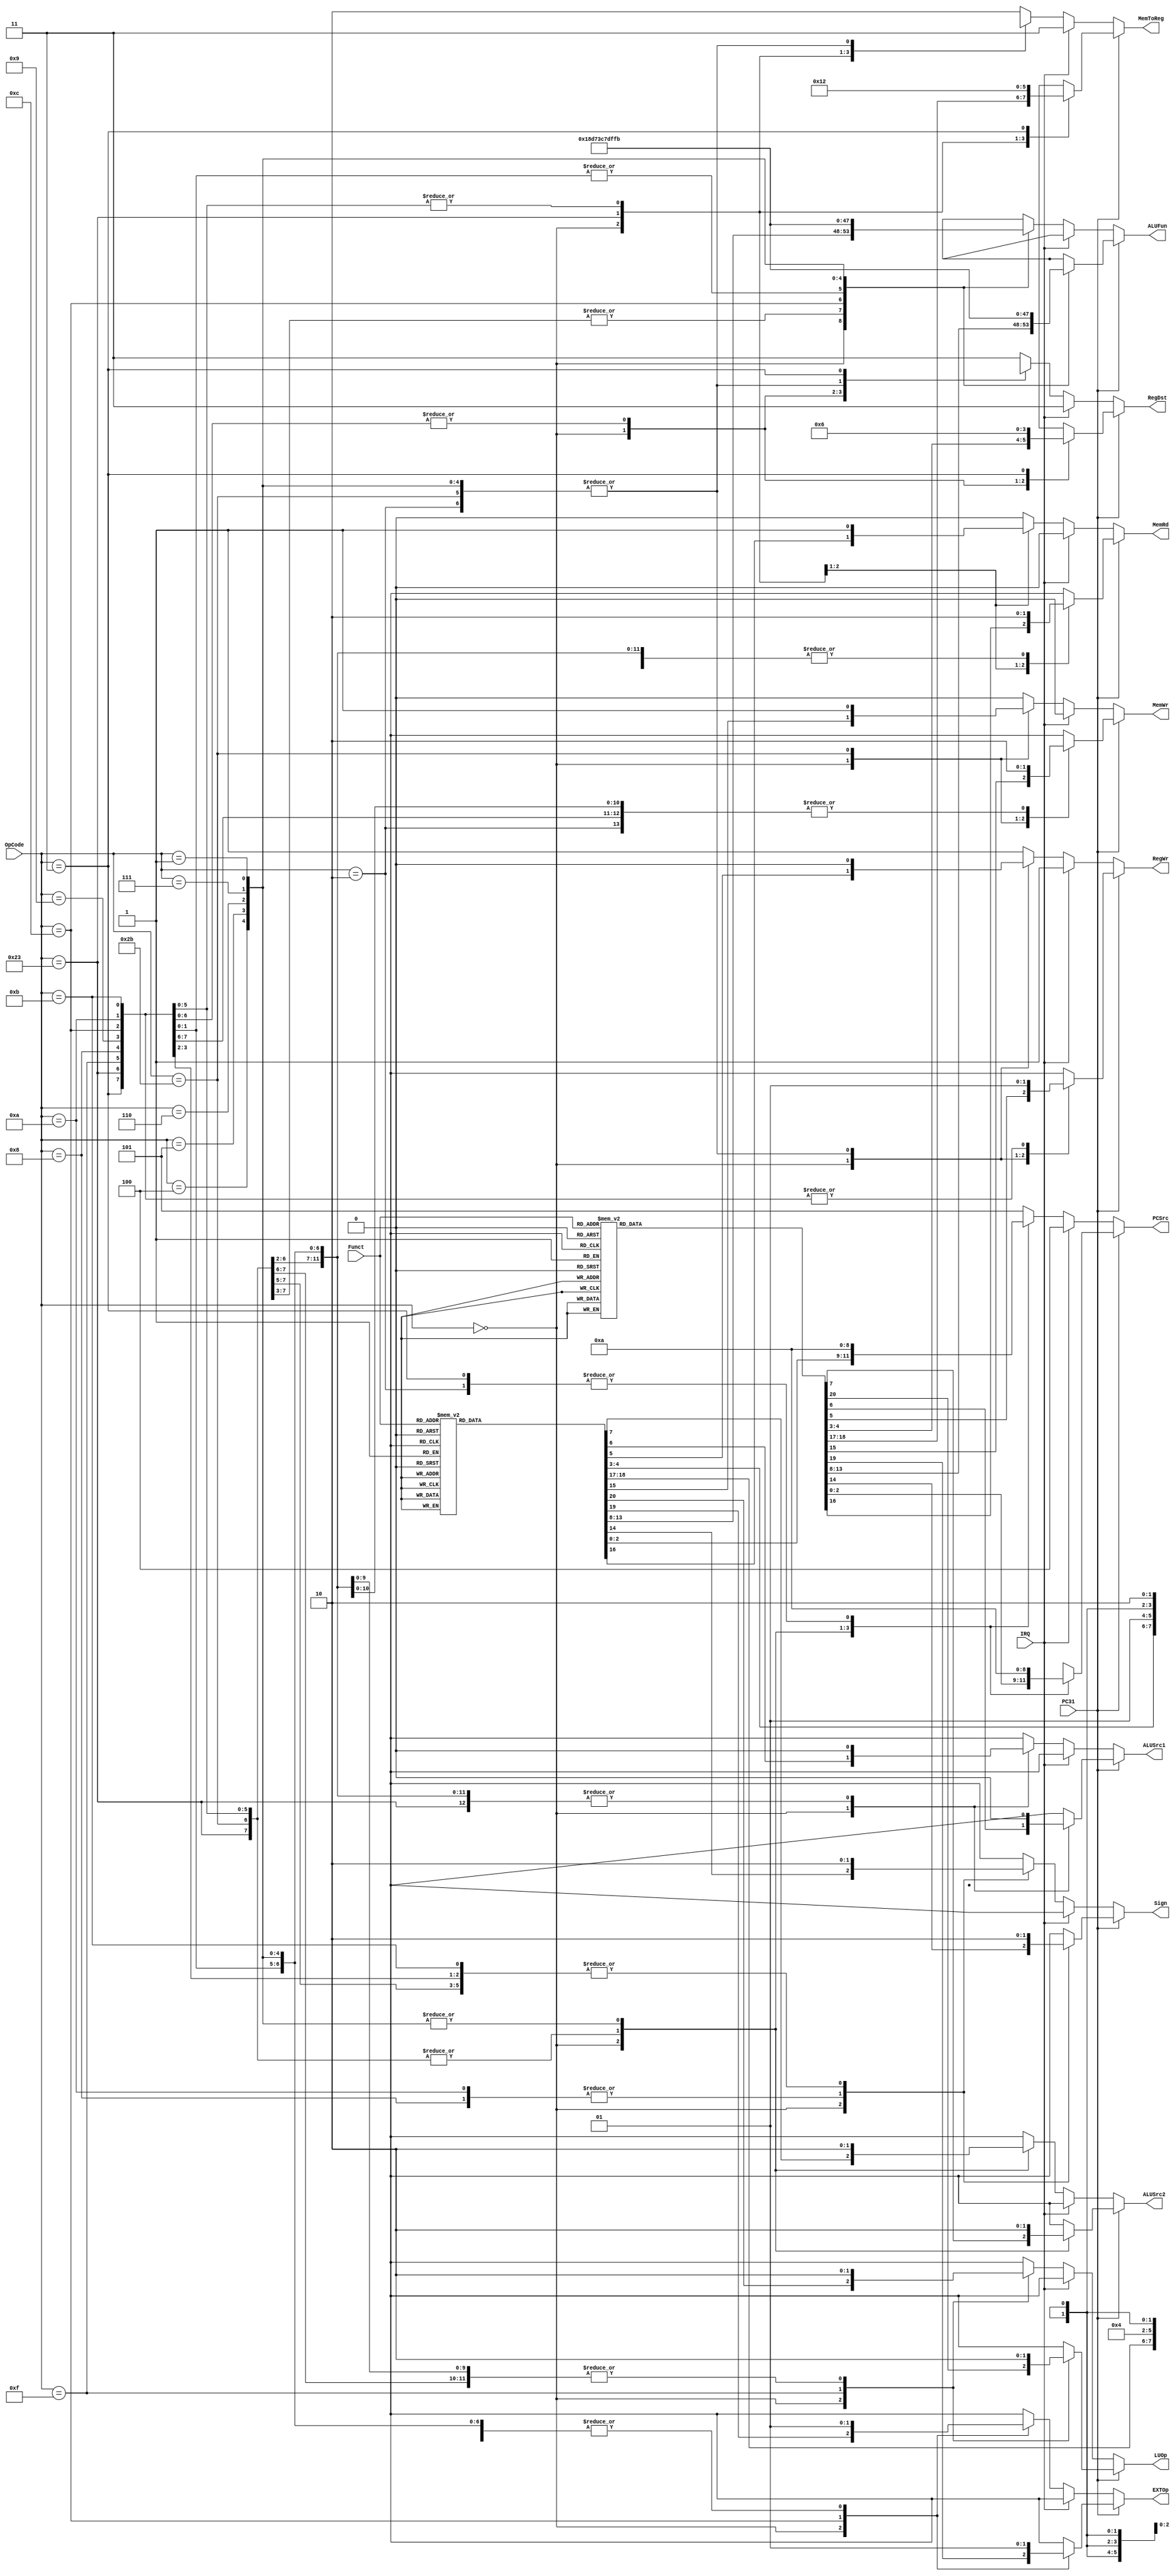
module Control(
input [5:0] OpCode,
input [5:0] Funct, 
input IRQ,
input PC31,
output reg [2:0] PCSrc,
output reg [1:0] RegDst,
output reg RegWr,
output reg ALUSrc1,
output reg ALUSrc2,
output reg [5:0] ALUFun,
output reg Sign,
output reg MemWr,
output reg MemRd,
output reg [1:0] MemToReg,
output reg EXTOp,
output reg LUOp
);

always @(*) begin
  if (~PC31) begin //user state
  if (IRQ) begin //interrupt
    RegWr <= 1;
    MemRd <= 0;
    MemWr <= 0;
    RegDst <= 2'b11;
    MemToReg <= 2'b11;
    PCSrc <= 3'b100;
              ALUSrc1 <= 1'bx;
              ALUSrc2 <= 1'bx;
              ALUFun <= 6'bx;
              Sign <= 1'bx;
              EXTOp <= 1'bx;
              LUOp <= 1'bx;
  end
  else begin
    case (OpCode)
      6'b000000: begin //R-type
        case (Funct)
          6'b100000: begin //add
            PCSrc <= 3'b000; //PC+4
            RegDst <= 2'b00; //rd
            RegWr <= 1;
            ALUSrc1 <= 0; //Reg
            ALUSrc2 <= 0; //Reg
            ALUFun <= 6'b000000;
            Sign <= 1;
            MemWr <= 0;
            MemRd <= 0;
            MemToReg <= 2'b00; //ALU
                          EXTOp <= 1'bx;
              LUOp <= 1'bx;
          end
          6'b100001: begin //addu
            PCSrc <= 3'b000; //PC+4
            RegDst <= 2'b00; //rd
            RegWr <= 1;
            ALUSrc1 <= 0; //Reg
            ALUSrc2 <= 0; //Reg
            ALUFun <= 6'b000000;
            Sign <= 0;
            MemWr <= 0;
            MemRd <= 0;
            MemToReg <= 2'b00; //ALU
                          EXTOp <= 1'bx;
              LUOp <= 1'bx;
          end
          6'b100010: begin //sub
            PCSrc <= 3'b000; //PC+4
            RegDst <= 2'b00; //rd
            RegWr <= 1;
            ALUSrc1 <= 0; //Reg
            ALUSrc2 <= 0; //Reg
            ALUFun <= 6'b000001;
            Sign <= 1;
            MemWr <= 0;
            MemRd <= 0;
            MemToReg <= 2'b00; //ALU
                          EXTOp <= 1'bx;
              LUOp <= 1'bx;
          end
          6'b100011: begin //subu
            PCSrc <= 3'b000; //PC+4
            RegDst <= 2'b00; //rd
            RegWr <= 1;
            ALUSrc1 <= 0; //Reg
            ALUSrc2 <= 0; //Reg
            ALUFun <= 6'b000001;
            Sign <= 0;
            MemWr <= 0;
            MemRd <= 0;
            MemToReg <= 2'b00; //ALU
                          EXTOp <= 1'bx;
              LUOp <= 1'bx;
          end
          6'b100100: begin //and
            PCSrc <= 3'b000; //PC+4
            RegDst <= 2'b00; //rd
            RegWr <= 1;
            ALUSrc1 <= 0; //Reg
            ALUSrc2 <= 0; //Reg
            ALUFun <= 6'b011000;
            Sign <= 0;
            MemWr <= 0;
            MemRd <= 0;
            MemToReg <= 2'b00; //ALU
                          EXTOp <= 1'bx;
              LUOp <= 1'bx;
          end
          6'b100101: begin //or
            PCSrc <= 3'b000; //PC+4
            RegDst <= 2'b00; //rd
            RegWr <= 1;
            ALUSrc1 <= 0; //Reg
            ALUSrc2 <= 0; //Reg
            ALUFun <= 6'b011110;
            Sign <= 0;
            MemWr <= 0;
            MemRd <= 0;
            MemToReg <= 2'b00; //ALU
                          EXTOp <= 1'bx;
              LUOp <= 1'bx;
          end
          6'b100110: begin //xor
            PCSrc <= 3'b000; //PC+4
            RegDst <= 2'b00; //rd
            RegWr <= 1;
            ALUSrc1 <= 0; //Reg
            ALUSrc2 <= 0; //Reg
            ALUFun <= 6'b010110;
            Sign <= 0;
            MemWr <= 0;
            MemRd <= 0;
            MemToReg <= 2'b00; //ALU
                          EXTOp <= 1'bx;
              LUOp <= 1'bx;
          end
          6'b100111: begin //nor
            PCSrc <= 3'b000; //PC+4
            RegDst <= 2'b00; //rd
            RegWr <= 1;
            ALUSrc1 <= 0; //Reg
            ALUSrc2 <= 0; //Reg
            ALUFun <= 6'b010001;
            Sign <= 0;
            MemWr <= 0;
            MemRd <= 0;
            MemToReg <= 2'b00; //ALU
                          EXTOp <= 1'bx;
              LUOp <= 1'bx;
          end
          6'b000000: begin //sll
            PCSrc <= 3'b000; //PC+4
            RegDst <= 2'b00; //rd
            RegWr <= 1;
            ALUSrc1 <= 1; //shamt
            ALUSrc2 <= 0; //Reg
            ALUFun <= 6'b100000;
            MemWr <= 0;
            MemRd <= 0;
            MemToReg <= 2'b00; //ALU
                          EXTOp <= 1'bx;
              LUOp <= 1'bx;
              Sign <= 1'bx;
          end
          6'b000010: begin //srl
            PCSrc <= 3'b000; //PC+4
            RegDst <= 2'b00; //rd
            RegWr <= 1;
            ALUSrc1 <= 1; //shamt
            ALUSrc2 <= 0; //Reg
            ALUFun <= 6'b100001;
            MemWr <= 0;
            MemRd <= 0;
            MemToReg <= 2'b00; //ALU
                          EXTOp <= 1'bx;
              LUOp <= 1'bx;
              Sign <= 1'bx;
          end
          6'b000011: begin //sra
            PCSrc <= 3'b000; //PC+4
            RegDst <= 2'b00; //rd
            RegWr <= 1;
            ALUSrc1 <= 1; //shamt
            ALUSrc2 <= 0; //Reg
            ALUFun <= 6'b100011;
            MemWr <= 0;
            MemRd <= 0;
            MemToReg <= 2'b00; //ALU
                          EXTOp <= 1'bx;
              LUOp <= 1'bx;
              Sign <= 1'bx;
          end
          6'b101010: begin //slt
            PCSrc <= 3'b000; //PC+4
            RegDst <= 2'b00; //rd
            RegWr <= 1;
            ALUSrc1 <= 0; //Reg
            ALUSrc2 <= 0; //Reg
            ALUFun <= 6'b110101;
            Sign <= 1;
            MemWr <= 0;
            MemRd <= 0;
            MemToReg <= 2'b00; //ALU
                          EXTOp <= 1'bx;
              LUOp <= 1'bx;
          end
          6'b001000: begin //jr
            PCSrc <= 3'b011; //reg
            RegWr <= 0;
            MemWr <= 0;
            MemRd <= 0;
              RegDst <= 2'bx;
              ALUSrc1 <= 1'bx;
              ALUSrc2 <= 1'bx;
              ALUFun <= 6'bx;
              Sign <= 1'bx;
              MemToReg <= 2'bx;
              EXTOp <= 1'bx;
              LUOp <= 1'bx;
          end
          6'b001001: begin //jalr
            PCSrc <= 3'b011; //reg
            RegWr <= 1;
            RegDst <= 2'b00; //rd
            MemWr <= 0;
            MemRd <= 0;
            MemToReg <= 2'b10; //PC+4
              ALUSrc1 <= 1'bx;
              ALUSrc2 <= 1'bx;
              ALUFun <= 6'bx;
              Sign <= 1'bx;
              EXTOp <= 1'bx;
              LUOp <= 1'bx;
          end
          default: begin //exception
           RegWr <= 1;
           MemRd <= 0;
           MemWr <= 0;
           RegDst <= 2'b11;
           MemToReg <= 2'b10;
           PCSrc <= 3'b101;
                         ALUSrc1 <= 1'bx;
              ALUSrc2 <= 1'bx;
              ALUFun <= 6'bx;
              Sign <= 1'bx;
              EXTOp <= 1'bx;
              LUOp <= 1'bx;
          end
        endcase
      end
      6'b100011: begin //lw
        PCSrc <= 3'b000; //PC+4
        RegDst <= 2'b01; //rt
        RegWr <= 1;
        ALUSrc1 <= 0; //Reg
        ALUSrc2 <= 1; //imm
        ALUFun <= 6'b000000;
        Sign <= 0;
        MemWr <= 0;
        MemRd <= 1;
        MemToReg <= 2'b01; //mem
        EXTOp <= 1; //signed
        LUOp <= 0;
      end
      6'b101011: begin //sw
        PCSrc <= 3'b000; //PC+4
        RegWr <= 0;
        ALUSrc1 <= 0; //Reg
        ALUSrc2 <= 1; //imm
        ALUFun <= 6'b000000;
        Sign <= 0;
        MemWr <= 1;
        MemRd <= 0;
        EXTOp <= 1; //signed
        LUOp <= 0;
              RegDst <= 2'bx;
              MemToReg <= 2'bx;
      end
      6'b001111: begin //lui
        PCSrc <= 3'b000; //PC+4
        RegDst <= 2'b01; //rt
        RegWr <= 1;
        ALUSrc1 <= 0; //Reg
        ALUSrc2 <= 1; //imm
        ALUFun <= 6'b000000;
        Sign <= 0;
        MemWr <= 0;
        MemRd <= 0;
        MemToReg <= 2'b00; //ALU
        LUOp <= 1;
                      EXTOp <= 1'bx;
      end
      6'b001000: begin //addi
        PCSrc <= 3'b000; //PC+4
        RegDst <= 2'b01; //rt
        RegWr <= 1;
        ALUSrc1 <= 0; //Reg
        ALUSrc2 <= 1; //imm
        ALUFun <= 6'b000000;
        Sign <= 1;
        MemWr <= 0;
        MemRd <= 0;
        MemToReg <= 2'b00; //ALU
        EXTOp <= 1; //signed
        LUOp <= 0;
      end
      6'b001001: begin //addiu
        PCSrc <= 3'b000; //PC+4
        RegDst <= 2'b01; //rt
        RegWr <= 1;
        ALUSrc1 <= 0; //Reg
        ALUSrc2 <= 1; //imm
        ALUFun <= 6'b000000;
        Sign <= 0;
        MemWr <= 0;
        MemRd <= 0;
        MemToReg <= 2'b00; //ALU
        EXTOp <= 1; //signed
        LUOp <= 0;
      end
      6'b001100: begin //andi
        PCSrc <= 3'b000; //PC+4
        RegDst <= 2'b01; //rt
        RegWr <= 1;
        ALUSrc1 <= 0; //Reg
        ALUSrc2 <= 1; //imm
        ALUFun <= 6'b011000;
        Sign <= 0;
        MemWr <= 0;
        MemRd <= 0;
        MemToReg <= 2'b00; //ALU
        EXTOp <= 0; //unsigned
        LUOp <= 0;
      end
      6'b001010: begin //slti
        PCSrc <= 3'b000; //PC+4
        RegDst <= 2'b01; //rt
        RegWr <= 1;
        ALUSrc1 <= 0; //Reg
        ALUSrc2 <= 1; //imm
        ALUFun <= 6'b110101;
        Sign <= 1;
        MemWr <= 0;
        MemRd <= 0;
        MemToReg <= 2'b00; //ALU
        EXTOp <= 1; //signed
        LUOp <= 0;
      end
      6'b001011: begin //sltiu
        PCSrc <= 3'b000; //PC+4
        RegDst <= 2'b01; //rt
        RegWr <= 1;
        ALUSrc1 <= 0; //Reg
        ALUSrc2 <= 1; //imm
        ALUFun <= 6'b110101;
        Sign <= 0;
        MemWr <= 0;
        MemRd <= 0;
        MemToReg <= 2'b00; //ALU
        EXTOp <= 1; //signed
        LUOp <= 0;
      end
      6'b000100: begin //beq
        PCSrc <= 3'b001; //beq
        RegWr <= 0;
        ALUSrc1 <= 0; //Reg
        ALUSrc2 <= 0; //Reg
        ALUFun <= 6'b110011;
        MemWr <= 0;
        MemRd <= 0;
        EXTOp <= 1; //signed
              RegDst <= 2'bx;
              Sign <= 1'bx;
              MemToReg <= 2'bx;
              LUOp <= 1'b0;
      end
      6'b000101: begin //bne
        PCSrc <= 3'b001; //beq
        RegWr <= 0;
        ALUSrc1 <= 0; //Reg
        ALUSrc2 <= 0; //Reg
        ALUFun <= 6'b110001;
        MemWr <= 0;
        MemRd <= 0;
        EXTOp <= 1; //signed
                      RegDst <= 2'bx;
              Sign <= 1'bx;
              MemToReg <= 2'bx;
              LUOp <= 1'b0;
      end
      6'b000110: begin //blez
        PCSrc <= 3'b001; //beq
        RegWr <= 0;
        ALUSrc1 <= 0; //Reg
        ALUSrc2 <= 0; //Reg
        ALUFun <= 6'b111101;
        MemWr <= 0;
        MemRd <= 0;
        EXTOp <= 1; //signed
                      RegDst <= 2'bx;
              Sign <= 1'bx;
              MemToReg <= 2'bx;
              LUOp <= 1'b0;
      end
      6'b000111: begin //bgtz
        PCSrc <= 3'b001; //beq
        RegWr <= 0;
        ALUSrc1 <= 0; //Reg
        ALUSrc2 <= 0; //Reg
        ALUFun <= 6'b111111;
        MemWr <= 0;
        MemRd <= 0;
        EXTOp <= 1; //signed
                      RegDst <= 2'bx;
              Sign <= 1'bx;
              MemToReg <= 2'bx;
              LUOp <= 1'b0;
      end
      6'b000001: begin //bltz
        PCSrc <= 3'b001; //beq
        RegWr <= 0;
        ALUSrc1 <= 0; //Reg
        ALUSrc2 <= 0; //Reg
        ALUFun <= 6'b111011;
        MemWr <= 0;
        MemRd <= 0;
        EXTOp <= 1; //signed
                      RegDst <= 2'bx;
              Sign <= 1'bx;
              MemToReg <= 2'bx;
              LUOp <= 1'b0;
      end
      6'b000010: begin //j
        PCSrc <= 3'b010; //j
        RegWr <= 0;
        MemWr <= 0;
        MemRd <= 0;
              RegDst <= 2'bx;
              ALUSrc1 <= 1'bx;
              ALUSrc2 <= 1'bx;
              ALUFun <= 6'bx;
              Sign <= 1'bx;
              MemToReg <= 2'bx;
              EXTOp <= 1'bx;
              LUOp <= 1'bx;
      end
      6'b000011: begin //jal
        PCSrc <= 3'b010; //j
        RegWr <= 1;
        RegDst <= 2'b10; //ra
        MemWr <= 0;
        MemRd <= 0;
        MemToReg <= 2'b10; //PC+4
              ALUSrc1 <= 1'bx;
              ALUSrc2 <= 1'bx;
              ALUFun <= 6'bx;
              Sign <= 1'bx;
              EXTOp <= 1'bx;
              LUOp <= 1'bx;
      end
      default: begin //exception
         RegWr <= 1;
         MemRd <= 0;
         MemWr <= 0;
         RegDst <= 2'b11;
         MemToReg <= 2'b10;
         PCSrc <= 3'b101;
              ALUSrc1 <= 1'bx;
              ALUSrc2 <= 1'bx;
              ALUFun <= 6'bx;
              Sign <= 1'bx;
              EXTOp <= 1'bx;
              LUOp <= 1'bx;
      end
    endcase
  end
  end

  else begin //core state
case (OpCode)
      6'b000000: begin //R-type
        case (Funct)
          6'b100000: begin //add
            PCSrc <= 3'b000; //PC+4
            RegDst <= 2'b00; //rd
            RegWr <= 1;
            ALUSrc1 <= 0; //Reg
            ALUSrc2 <= 0; //Reg
            ALUFun <= 6'b000000;
            Sign <= 1;
            MemWr <= 0;
            MemRd <= 0;
            MemToReg <= 2'b00; //ALU
                          EXTOp <= 1'bx;
              LUOp <= 1'bx;
          end
          6'b100001: begin //addu
            PCSrc <= 3'b000; //PC+4
            RegDst <= 2'b00; //rd
            RegWr <= 1;
            ALUSrc1 <= 0; //Reg
            ALUSrc2 <= 0; //Reg
            ALUFun <= 6'b000000;
            Sign <= 0;
            MemWr <= 0;
            MemRd <= 0;
            MemToReg <= 2'b00; //ALU
                          EXTOp <= 1'bx;
              LUOp <= 1'bx;
          end
          6'b100010: begin //sub
            PCSrc <= 3'b000; //PC+4
            RegDst <= 2'b00; //rd
            RegWr <= 1;
            ALUSrc1 <= 0; //Reg
            ALUSrc2 <= 0; //Reg
            ALUFun <= 6'b000001;
            Sign <= 1;
            MemWr <= 0;
            MemRd <= 0;
            MemToReg <= 2'b00; //ALU
                          EXTOp <= 1'bx;
              LUOp <= 1'bx;
          end
          6'b100011: begin //subu
            PCSrc <= 3'b000; //PC+4
            RegDst <= 2'b00; //rd
            RegWr <= 1;
            ALUSrc1 <= 0; //Reg
            ALUSrc2 <= 0; //Reg
            ALUFun <= 6'b000001;
            Sign <= 0;
            MemWr <= 0;
            MemRd <= 0;
            MemToReg <= 2'b00; //ALU
                          EXTOp <= 1'bx;
              LUOp <= 1'bx;
          end
          6'b100100: begin //and
            PCSrc <= 3'b000; //PC+4
            RegDst <= 2'b00; //rd
            RegWr <= 1;
            ALUSrc1 <= 0; //Reg
            ALUSrc2 <= 0; //Reg
            ALUFun <= 6'b011000;
            Sign <= 0;
            MemWr <= 0;
            MemRd <= 0;
            MemToReg <= 2'b00; //ALU
                          EXTOp <= 1'bx;
              LUOp <= 1'bx;
          end
          6'b100101: begin //or
            PCSrc <= 3'b000; //PC+4
            RegDst <= 2'b00; //rd
            RegWr <= 1;
            ALUSrc1 <= 0; //Reg
            ALUSrc2 <= 0; //Reg
            ALUFun <= 6'b011110;
            Sign <= 0;
            MemWr <= 0;
            MemRd <= 0;
            MemToReg <= 2'b00; //ALU
                          EXTOp <= 1'bx;
              LUOp <= 1'bx;
          end
          6'b100110: begin //xor
            PCSrc <= 3'b000; //PC+4
            RegDst <= 2'b00; //rd
            RegWr <= 1;
            ALUSrc1 <= 0; //Reg
            ALUSrc2 <= 0; //Reg
            ALUFun <= 6'b010110;
            Sign <= 0;
            MemWr <= 0;
            MemRd <= 0;
            MemToReg <= 2'b00; //ALU
                          EXTOp <= 1'bx;
              LUOp <= 1'bx;
          end
          6'b100111: begin //nor
            PCSrc <= 3'b000; //PC+4
            RegDst <= 2'b00; //rd
            RegWr <= 1;
            ALUSrc1 <= 0; //Reg
            ALUSrc2 <= 0; //Reg
            ALUFun <= 6'b010001;
            Sign <= 0;
            MemWr <= 0;
            MemRd <= 0;
            MemToReg <= 2'b00; //ALU
                          EXTOp <= 1'bx;
              LUOp <= 1'bx;
          end
          6'b000000: begin //sll
            PCSrc <= 3'b000; //PC+4
            RegDst <= 2'b00; //rd
            RegWr <= 1;
            ALUSrc1 <= 1; //shamt
            ALUSrc2 <= 0; //Reg
            ALUFun <= 6'b100000;
            MemWr <= 0;
            MemRd <= 0;
            MemToReg <= 2'b00; //ALU
                          EXTOp <= 1'bx;
              LUOp <= 1'bx;
              Sign <= 1'bx;
          end
          6'b000010: begin //srl
            PCSrc <= 3'b000; //PC+4
            RegDst <= 2'b00; //rd
            RegWr <= 1;
            ALUSrc1 <= 1; //shamt
            ALUSrc2 <= 0; //Reg
            ALUFun <= 6'b100001;
            MemWr <= 0;
            MemRd <= 0;
            MemToReg <= 2'b00; //ALU
                          EXTOp <= 1'bx;
              LUOp <= 1'bx;
              Sign <= 1'bx;
          end
          6'b000011: begin //sra
            PCSrc <= 3'b000; //PC+4
            RegDst <= 2'b00; //rd
            RegWr <= 1;
            ALUSrc1 <= 1; //shamt
            ALUSrc2 <= 0; //Reg
            ALUFun <= 6'b100011;
            MemWr <= 0;
            MemRd <= 0;
            MemToReg <= 2'b00; //ALU
                          EXTOp <= 1'bx;
              LUOp <= 1'bx;
              Sign <= 1'bx;
          end
          6'b101010: begin //slt
            PCSrc <= 3'b000; //PC+4
            RegDst <= 2'b00; //rd
            RegWr <= 1;
            ALUSrc1 <= 0; //Reg
            ALUSrc2 <= 0; //Reg
            ALUFun <= 6'b110101;
            Sign <= 1;
            MemWr <= 0;
            MemRd <= 0;
            MemToReg <= 2'b00; //ALU
                          EXTOp <= 1'bx;
              LUOp <= 1'bx;
          end
          6'b001000: begin //jr
            PCSrc <= 3'b011; //reg
            RegWr <= 0;
            MemWr <= 0;
            MemRd <= 0;
              RegDst <= 2'bx;
              ALUSrc1 <= 1'bx;
              ALUSrc2 <= 1'bx;
              ALUFun <= 6'bx;
              Sign <= 1'bx;
              MemToReg <= 2'bx;
              EXTOp <= 1'bx;
              LUOp <= 1'bx;
          end
          6'b001001: begin //jalr
            PCSrc <= 3'b011; //reg
            RegWr <= 1;
            RegDst <= 2'b00; //rd
            MemWr <= 0;
            MemRd <= 0;
            MemToReg <= 2'b10; //PC+4
              ALUSrc1 <= 1'bx;
              ALUSrc2 <= 1'bx;
              ALUFun <= 6'bx;
              Sign <= 1'bx;
              EXTOp <= 1'bx;
              LUOp <= 1'bx;
          end
          default: begin //exception
           RegWr <= 1'bx;
           MemRd <= 1'bx;
           MemWr <= 1'bx;
           RegDst <= 2'bxx;
           MemToReg <= 2'bxx;
           PCSrc <= 3'bxxx;
                         ALUSrc1 <= 1'bx;
              ALUSrc2 <= 1'bx;
              ALUFun <= 6'bx;
              Sign <= 1'bx;
              EXTOp <= 1'bx;
              LUOp <= 1'bx;
          end
        endcase
      end
      6'b100011: begin //lw
        PCSrc <= 3'b000; //PC+4
        RegDst <= 2'b01; //rt
        RegWr <= 1;
        ALUSrc1 <= 0; //Reg
        ALUSrc2 <= 1; //imm
        ALUFun <= 6'b000000;
        Sign <= 0;
        MemWr <= 0;
        MemRd <= 1;
        MemToReg <= 2'b01; //mem
        EXTOp <= 1; //signed
        LUOp <= 0;
      end
      6'b101011: begin //sw
        PCSrc <= 3'b000; //PC+4
        RegWr <= 0;
        ALUSrc1 <= 0; //Reg
        ALUSrc2 <= 1; //imm
        ALUFun <= 6'b000000;
        Sign <= 0;
        MemWr <= 1;
        MemRd <= 0;
        EXTOp <= 1; //signed
        LUOp <= 0;
              RegDst <= 2'bx;
              MemToReg <= 2'bx;
      end
      6'b001111: begin //lui
        PCSrc <= 3'b000; //PC+4
        RegDst <= 2'b01; //rt
        RegWr <= 1;
        ALUSrc1 <= 0; //Reg
        ALUSrc2 <= 1; //imm
        ALUFun <= 6'b000000;
        Sign <= 0;
        MemWr <= 0;
        MemRd <= 0;
        MemToReg <= 2'b00; //ALU
        LUOp <= 1;
                      EXTOp <= 1'bx;
      end
      6'b001000: begin //addi
        PCSrc <= 3'b000; //PC+4
        RegDst <= 2'b01; //rt
        RegWr <= 1;
        ALUSrc1 <= 0; //Reg
        ALUSrc2 <= 1; //imm
        ALUFun <= 6'b000000;
        Sign <= 1;
        MemWr <= 0;
        MemRd <= 0;
        MemToReg <= 2'b00; //ALU
        EXTOp <= 1; //signed
        LUOp <= 0;
      end
      6'b001001: begin //addiu
        PCSrc <= 3'b000; //PC+4
        RegDst <= 2'b01; //rt
        RegWr <= 1;
        ALUSrc1 <= 0; //Reg
        ALUSrc2 <= 1; //imm
        ALUFun <= 6'b000000;
        Sign <= 0;
        MemWr <= 0;
        MemRd <= 0;
        MemToReg <= 2'b00; //ALU
        EXTOp <= 1; //signed
        LUOp <= 0;
      end
      6'b001100: begin //andi
        PCSrc <= 3'b000; //PC+4
        RegDst <= 2'b01; //rt
        RegWr <= 1;
        ALUSrc1 <= 0; //Reg
        ALUSrc2 <= 1; //imm
        ALUFun <= 6'b011000;
        Sign <= 0;
        MemWr <= 0;
        MemRd <= 0;
        MemToReg <= 2'b00; //ALU
        EXTOp <= 0; //unsigned
        LUOp <= 0;
      end
      6'b001010: begin //slti
        PCSrc <= 3'b000; //PC+4
        RegDst <= 2'b01; //rt
        RegWr <= 1;
        ALUSrc1 <= 0; //Reg
        ALUSrc2 <= 1; //imm
        ALUFun <= 6'b110101;
        Sign <= 1;
        MemWr <= 0;
        MemRd <= 0;
        MemToReg <= 2'b00; //ALU
        EXTOp <= 1; //signed
        LUOp <= 0;
      end
      6'b001011: begin //sltiu
        PCSrc <= 3'b000; //PC+4
        RegDst <= 2'b01; //rt
        RegWr <= 1;
        ALUSrc1 <= 0; //Reg
        ALUSrc2 <= 1; //imm
        ALUFun <= 6'b110101;
        Sign <= 0;
        MemWr <= 0;
        MemRd <= 0;
        MemToReg <= 2'b00; //ALU
        EXTOp <= 1; //signed
        LUOp <= 0;
      end
      6'b000100: begin //beq
        PCSrc <= 3'b001; //beq
        RegWr <= 0;
        ALUSrc1 <= 0; //Reg
        ALUSrc2 <= 0; //Reg
        ALUFun <= 6'b110011;
        MemWr <= 0;
        MemRd <= 0;
        EXTOp <= 1; //signed
              RegDst <= 2'bx;
              Sign <= 1'bx;
              MemToReg <= 2'bx;
              LUOp <= 1'b0;
      end
      6'b000101: begin //bne
        PCSrc <= 3'b001; //beq
        RegWr <= 0;
        ALUSrc1 <= 0; //Reg
        ALUSrc2 <= 0; //Reg
        ALUFun <= 6'b110001;
        MemWr <= 0;
        MemRd <= 0;
        EXTOp <= 1; //signed
                      RegDst <= 2'bx;
              Sign <= 1'bx;
              MemToReg <= 2'bx;
              LUOp <= 1'b0;
      end
      6'b000110: begin //blez
        PCSrc <= 3'b001; //beq
        RegWr <= 0;
        ALUSrc1 <= 0; //Reg
        ALUSrc2 <= 0; //Reg
        ALUFun <= 6'b111101;
        MemWr <= 0;
        MemRd <= 0;
        EXTOp <= 1; //signed
                      RegDst <= 2'bx;
              Sign <= 1'bx;
              MemToReg <= 2'bx;
              LUOp <= 1'b0;
      end
      6'b000111: begin //bgtz
        PCSrc <= 3'b001; //beq
        RegWr <= 0;
        ALUSrc1 <= 0; //Reg
        ALUSrc2 <= 0; //Reg
        ALUFun <= 6'b111111;
        MemWr <= 0;
        MemRd <= 0;
        EXTOp <= 1; //signed
                      RegDst <= 2'bx;
              Sign <= 1'bx;
              MemToReg <= 2'bx;
              LUOp <= 1'b0;
      end
      6'b000001: begin //bltz
        PCSrc <= 3'b001; //beq
        RegWr <= 0;
        ALUSrc1 <= 0; //Reg
        ALUSrc2 <= 0; //Reg
        ALUFun <= 6'b111011;
        MemWr <= 0;
        MemRd <= 0;
        EXTOp <= 1; //signed
                      RegDst <= 2'bx;
              Sign <= 1'bx;
              MemToReg <= 2'bx;
              LUOp <= 1'b0;
      end
      6'b000010: begin //j
        PCSrc <= 3'b010; //j
        RegWr <= 0;
        MemWr <= 0;
        MemRd <= 0;
              RegDst <= 2'bx;
              ALUSrc1 <= 1'bx;
              ALUSrc2 <= 1'bx;
              ALUFun <= 6'bx;
              Sign <= 1'bx;
              MemToReg <= 2'bx;
              EXTOp <= 1'bx;
              LUOp <= 1'bx;
      end
      6'b000011: begin //jal
        PCSrc <= 3'b010; //j
        RegWr <= 1;
        RegDst <= 2'b10; //ra
        MemWr <= 0;
        MemRd <= 0;
        MemToReg <= 2'b10; //PC+4
              ALUSrc1 <= 1'bx;
              ALUSrc2 <= 1'bx;
              ALUFun <= 6'bx;
              Sign <= 1'bx;
              EXTOp <= 1'bx;
              LUOp <= 1'bx;
      end
      default: begin //exception
           RegWr <= 1'bx;
           MemRd <= 1'bx;
           MemWr <= 1'bx;
           RegDst <= 2'bxx;
           MemToReg <= 2'bxx;
           PCSrc <= 3'bxxx;
                         ALUSrc1 <= 1'bx;
              ALUSrc2 <= 1'bx;
              ALUFun <= 6'bx;
              Sign <= 1'bx;
              EXTOp <= 1'bx;
              LUOp <= 1'bx;
      end
    endcase
  end
end
endmodule